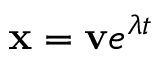
{ \mathbf { x } } = { \mathbf { v } } e ^ { \lambda t }